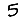
Digit: 5